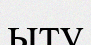
ыту